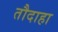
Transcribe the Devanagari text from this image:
तौदाहा